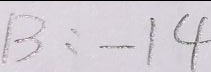
B : - 1 4